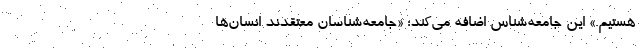
هستیم.» این جامعه‌شناس اضافه می‌کند: «جامعه‌شناسان معتقدند انسان‌ها